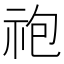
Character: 𫀆